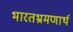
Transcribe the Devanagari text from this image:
भारतभ्रमणार्थ